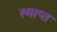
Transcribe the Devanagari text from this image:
स्माप्त